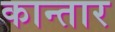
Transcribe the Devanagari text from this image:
कान्तार